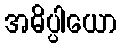
အဓိပ္ပါယော